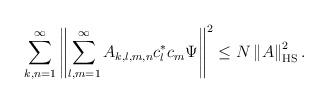
LaTeX: \begin{align*}\sum_{k,n=1}^{\infty}\left\Vert \sum_{l,m=1}^{\infty}A_{k,l,m,n}c_{l}^{\ast}c_{m}\Psi\right\Vert ^{2}\leq N\left\Vert A\right\Vert _{\mathrm{HS}}^{2}.\end{align*}